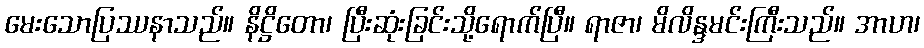
မေးသောပြဿနာသည်။ နိဋ္ဌိတော၊ ပြီးဆုံးခြင်းသို့ရောက်ပြီ။ ရာဇာ၊ မိလိန္ဒမင်းကြီးသည်။ အာဟ၊